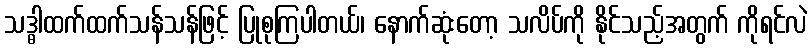
သဒ္ဓါထက်ထက်သန်သန်ဖြင့် ပြုစုကြပါတယ်၊ နောက်ဆုံးတော့ သလိပ်ကို နိုင်သည့်အတွက် ကိုရင်လဲ